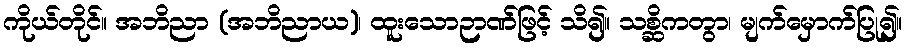
ကိုယ်တိုင်။ အဘိညာ (အဘိညာယ)၊ ထူးသောဉာဏ်ဖြင့် သိ၍။ သစ္ဆိကတွာ၊ မျက်မှောက်ပြု၍။